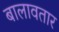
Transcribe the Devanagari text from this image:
बालावतार